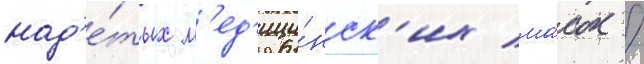
над'е́тых м'ед'ици́нск'их ма́сок /